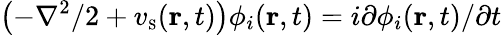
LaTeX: \left(-\nabla^{2}/2+v_{\scriptscriptstyle\mathrm{S}}({\mathbf r},t)\right)\phi_{i}({\mathbf r},t)=i\partial\phi_{i}({\mathbf r},t)/\partial t